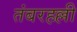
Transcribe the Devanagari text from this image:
तंबरहल्ली